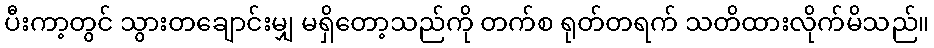
ပီးကာ့တွင် သွားတချောင်းမျှ မရှိတော့သည်ကို တက်စ ရုတ်တရက် သတိထားလိုက်မိသည်။